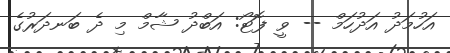
އަހުމަދު އަދުހަމް -- ވީ ފޮޓޯ: އަބްދު ޝާމް މި ދެ ބަނދަރުގެ